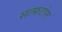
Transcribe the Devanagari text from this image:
सल्फ्रटोन